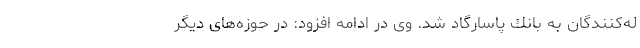
له‌كنندگان به بانك پاسارگاد شد. وی در ادامه افزود: در حوزه‌های دیگر